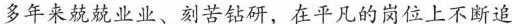
多年来兢兢业业、刻苦钻研，在平凡的岗位上不断追